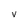
Character: v